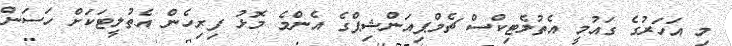
މި އަހަރުގެ ގައުމީ އެތުލެޓިކްސް ޗެމްޕިއަންޝިޕްގެ އެންމެ މޮޅު ފިރިހެން އެތުލީޓަކަށް ހަސަން